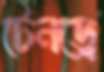
টেনড্রে